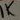
Text: 1K